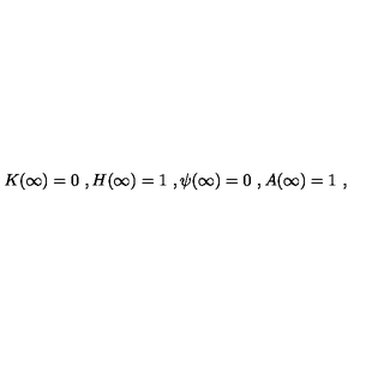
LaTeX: K ( \infty ) = 0 \ , H ( \infty ) = 1 \ , \psi ( \infty ) = 0 \ , A ( \infty ) = 1 \ ,